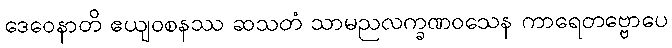
ဒေဝေနာတိ ဧယျဝစနဿ ဆသတံ သာမညလက္ခဏဝသေန ကာရေတဗ္ဗောပေ